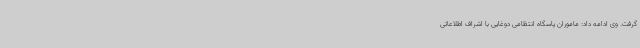
گرفت. وی ادامه داد: ماموران پاسگاه انتظامی دوغایی با اشراف اطلاعاتی